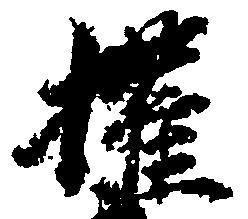
権